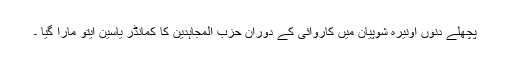
پچھلے دنوں آونیرہ شوپیان میں کاروائی کے دوران حزب المجاہدین کا کمانڈر یاسین ایتو مارا گیا ۔